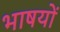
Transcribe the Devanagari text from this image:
भाषयों